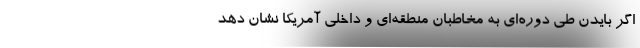
اگر بایدن طی دوره‌ای به مخاطبان منطقه‌ای و داخلی آمریکا نشان دهد